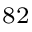
^ { 8 2 }